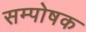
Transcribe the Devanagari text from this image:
सम्पोषक